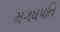
મગધપતિ